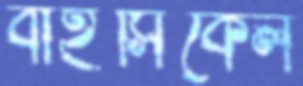
বাইসিকেল